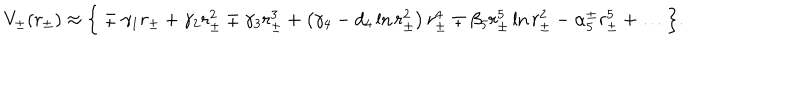
LaTeX: V _ { \pm } ( r _ { \pm } ) \approx \Big \{ \mp \gamma _ { 1 } r _ { \pm } + \gamma _ { 2 } r _ { \pm } ^ { 2 } \mp \gamma _ { 3 } r _ { \pm } ^ { 3 } + \left( \gamma _ { 4 } - d _ { 4 } \ln { r _ { \pm } ^ { 2 } } \right) r _ { \pm } ^ { 4 } \mp \beta _ { 5 } r _ { \pm } ^ { 5 } \ln { r _ { \pm } ^ { 2 } } - \alpha _ { 5 } ^ { \pm } r _ { \pm } ^ { 5 } + \dots \Big \} .